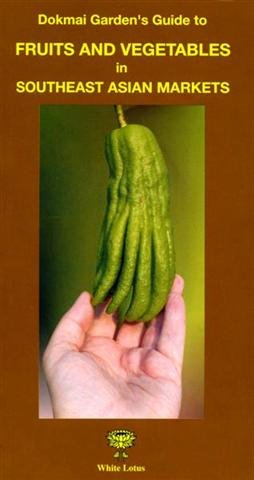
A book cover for Fruits and Vegtables in Southeast Asian Market; Eric Danell; Science & Math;